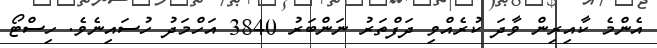
އެންމެ ކާއިރިން ވާދަ ކުރެއްވި ދަފްތަރު ނަންބަރު 3840 އަހްމަދު ހުސައިނެވެ. ހިސްޓޯ